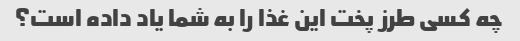
چه کسی طرز پخت این غذا را به شما یاد داده است؟